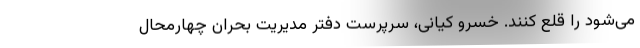
می‌شود را قلع کنند. خسرو کیانی، سرپرست دفتر مدیریت بحران چهارمحال